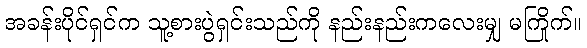
အခန်းပိုင်ရှင်က သူ့စားပွဲရှင်းသည်ကို နည်းနည်းကလေးမျှ မကြိုက်။